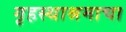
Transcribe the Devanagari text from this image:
गृहस्थाश्रमाचा